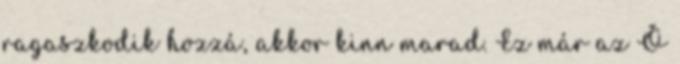
ragaszkodik hozzá, akkor kinn marad. Ez már az Ő